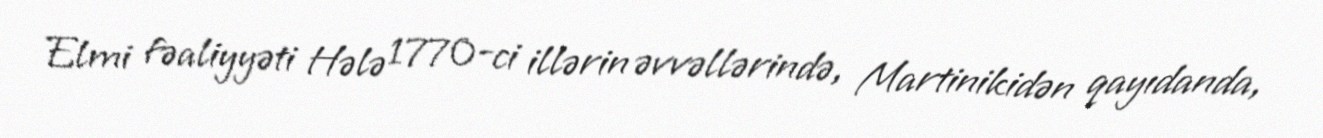
Elmi fəaliyyəti Hələ 1770-ci illərin əvvəllərində, Martinikidən qayıdanda,